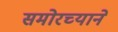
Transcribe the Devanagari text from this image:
समोरच्याने